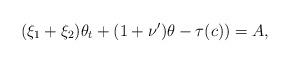
LaTeX: \begin{align*}(\xi_1 +\xi_2) \theta_t+(1+\nu') \theta -\tau(c))=A,\end{align*}